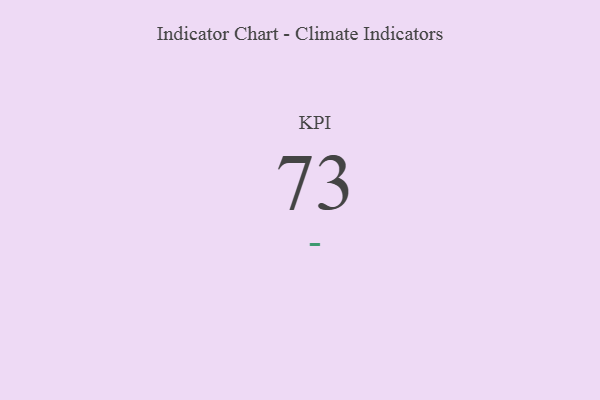
{"axis": {"x": "KPI", "y": "Value"}, "legend": [""], "data": [{"x": "KPI", "y": 73, "type": ""}]}